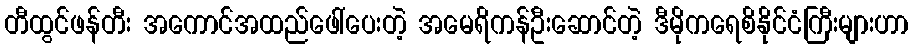
တီထွင်ဖန်တီး အကောင်အထည်ဖေါ်ပေးတဲ့ အမေရိကန်ဦးဆောင်တဲ့ ဒီမိုကရေစိနိုင်ငံကြီးများဟာ